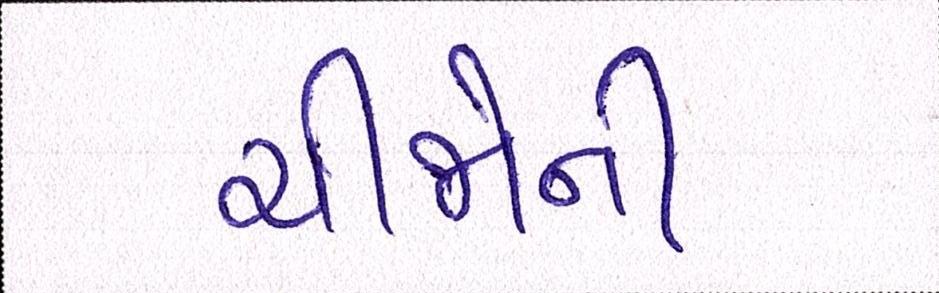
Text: ચીજોની